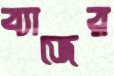
ব্যাজের